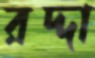
রদ্দা